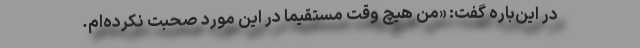
در این‌باره گفت: «من هیچ وقت مستقیماً در این مورد صحبت نکرده‌ام.